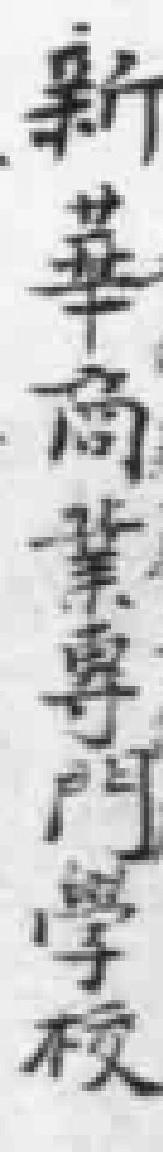
新華商業門學校